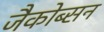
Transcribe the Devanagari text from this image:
जैकोब्सन